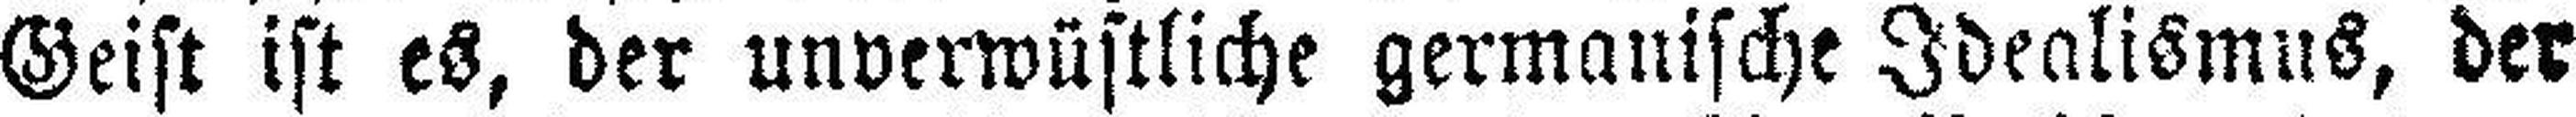
Geist ist es, der unverwüstliche germanische Idealismus, der